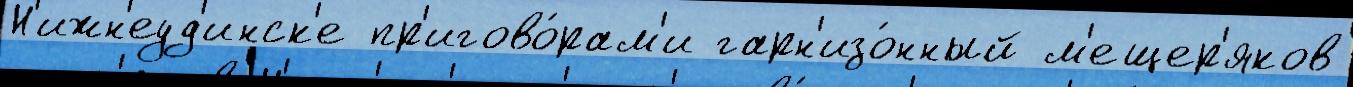
Н'ижн'еуд'инск'е пр'игово́рам'и гарн'изо́нный м'ещер'яков